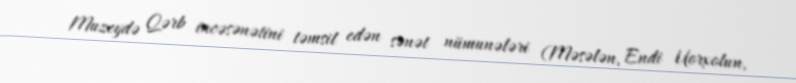
Muzeydə Qərb incəsənətini təmsil edən sənət nümunələri (Məsələn, Endi Uorxolun,